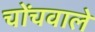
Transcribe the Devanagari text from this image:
चोंचवाले